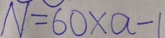
N = 6 0 \times a - 1